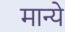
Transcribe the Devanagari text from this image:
मान्ये